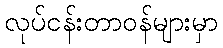
လုပ်ငန်းတာဝန်များမှာ